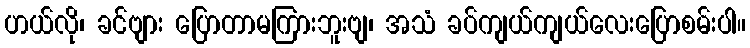
ဟယ်လို၊ ခင်ဗျား ပြောတာမကြားဘူးဗျ၊ အသံ ခပ်ကျယ်ကျယ်လေးပြောစမ်းပါ။